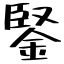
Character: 鋻